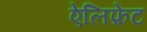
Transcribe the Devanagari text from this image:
ऐलिफ़ेंट